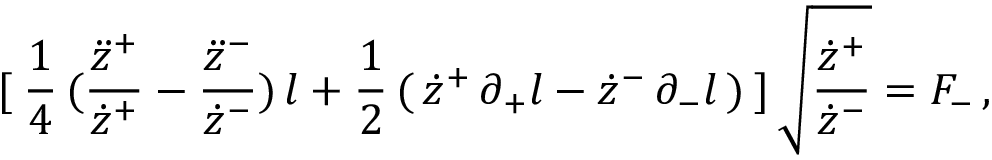
[ \: \frac { 1 } { 4 } \, ( \frac { \ddot { z } ^ { + } } { \dot { z } ^ { + } } - \frac { \ddot { z } ^ { - } } { \dot { z } ^ { - } } ) \, l + \frac { 1 } { 2 } \, ( \, \dot { z } ^ { + } \, \partial _ { + } l - \dot { z } ^ { - } \, \partial _ { - } l \, ) \: ] \, \sqrt { \frac { \dot { z } ^ { + } } { \dot { z } ^ { - } } } = F _ { - } \, ,